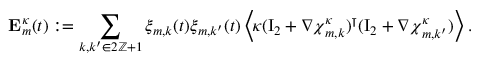
\mathbf { E } _ { m } ^ { \kappa } ( t ) : = \sum _ { k , k ^ { \prime } \in 2 \ensuremath { \mathbb { Z } } + 1 } \xi _ { m , k } ( t ) \xi _ { m , k ^ { \prime } } ( t ) \, \Bigl \langle \! \kappa ( \ensuremath { \mathrm { I } _ { 2 } } + \nabla { \boldsymbol { \chi } } _ { m , k } ^ { \kappa } ) ^ { \intercal } ( \ensuremath { \mathrm { I } _ { 2 } } + \nabla { \boldsymbol { \chi } } _ { m , k ^ { \prime } } ^ { \kappa } ) \Bigr \rangle \, .